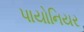
પાયોનિયર